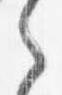
之